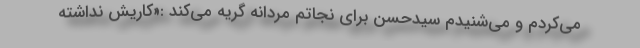
می‌کردم و می‌شنیدم سیدحسن برای نجاتم مردانه گریه می‌کند :«کاریش نداشته